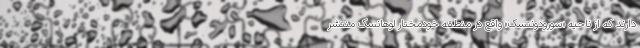
دارند که از ناحیه «سِوِرودونتسک» واقع در منطقه خودمختار لوهانسک منتشر